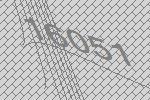
16051